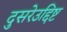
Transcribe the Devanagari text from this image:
दुसरेउद्दिष्ट